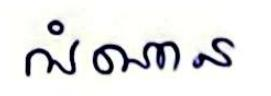
អំណាន